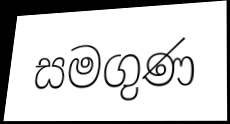
සමගුණ